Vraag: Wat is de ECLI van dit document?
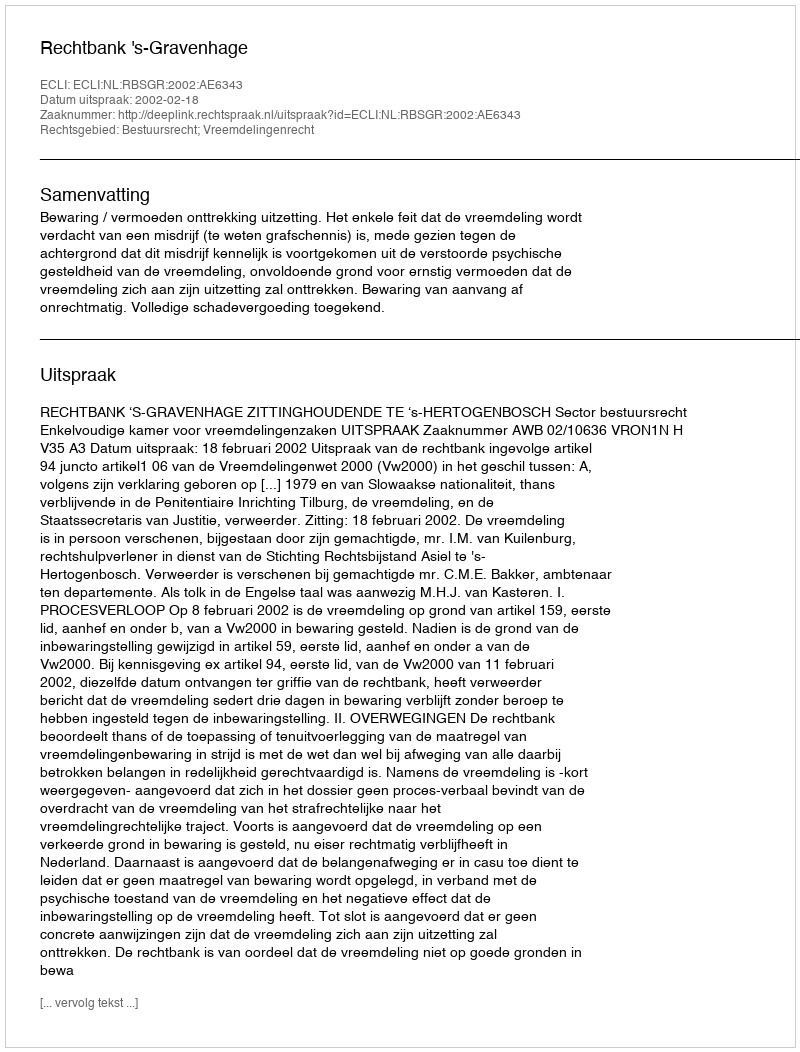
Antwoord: ECLI:NL:RBSGR:2002:AE6343